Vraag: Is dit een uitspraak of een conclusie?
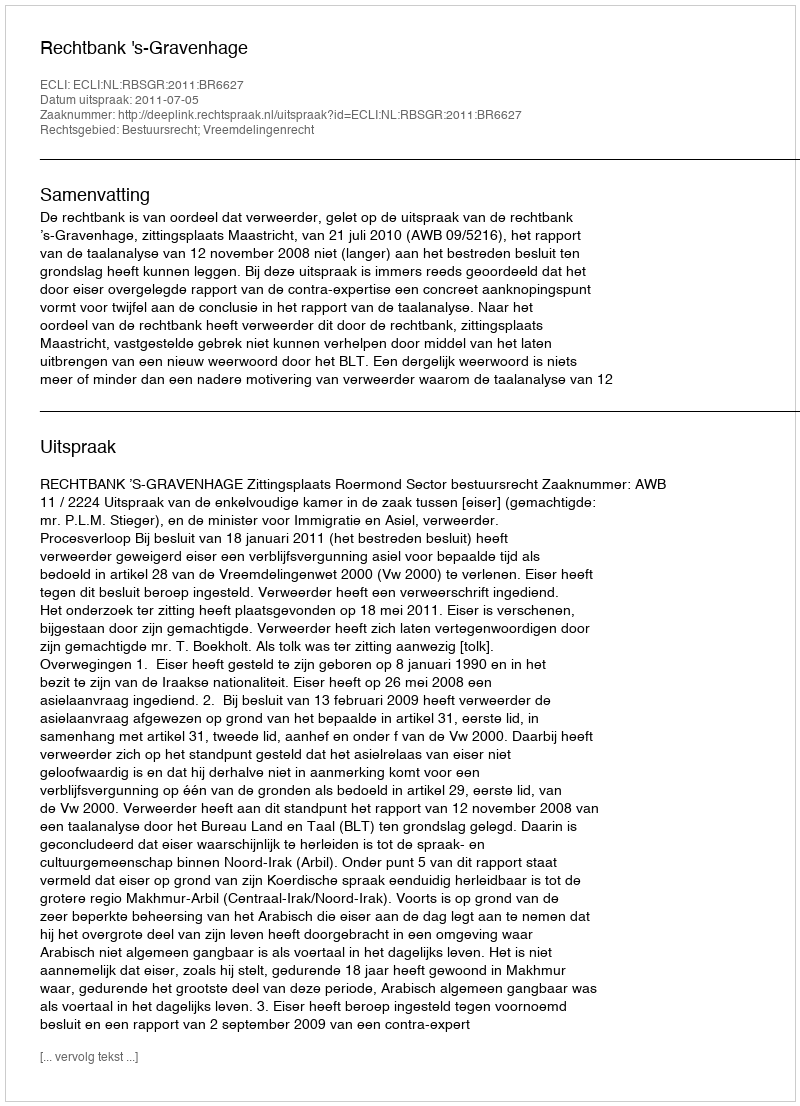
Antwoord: Uitspraak